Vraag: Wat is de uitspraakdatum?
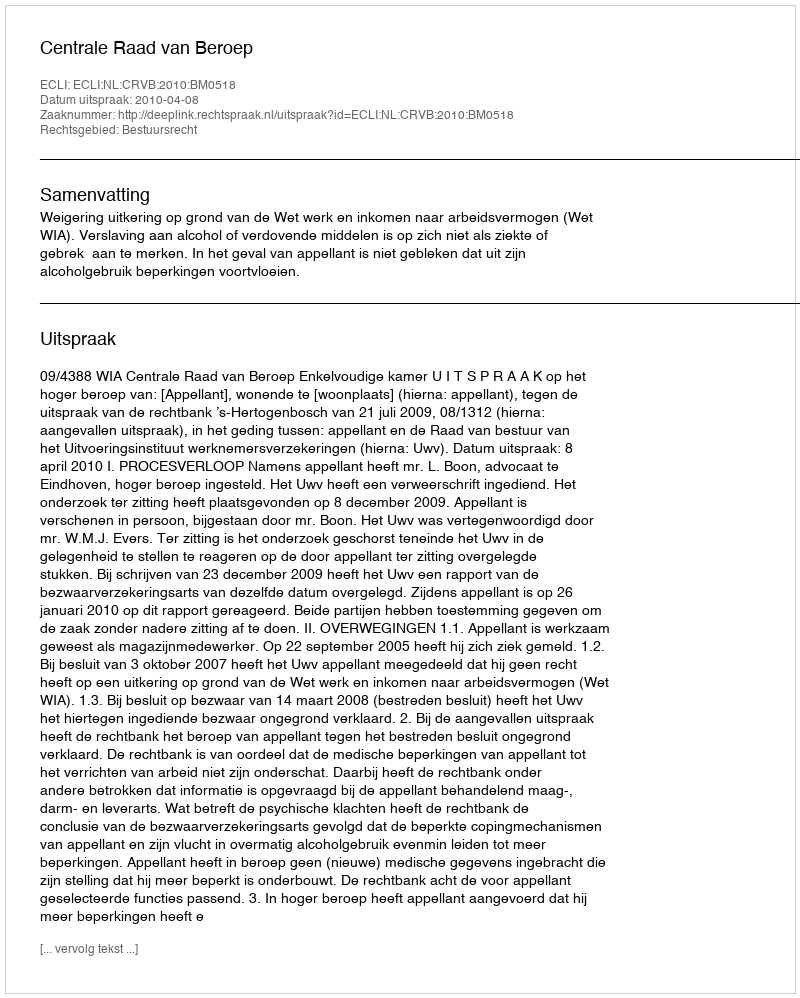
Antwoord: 2010-04-08